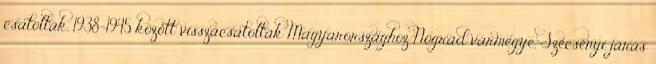
csatolták. 1938-1945 között visszacsatolták Magyarországhoz Nógrád vármegye, Szécsényi járás